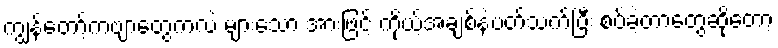
ကျွန်တော့်ကဗျာတွေကလဲ များသော အားဖြင့် ကိုယ့်အချစ်နဲ့ပတ်သက်ပြီး စပ်ခဲ့တာတွေဆိုတော့